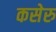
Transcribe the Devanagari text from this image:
कसेरु